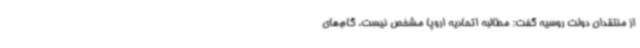
از منتقدان دولت روسیه گفت: مطالبه اتحادیه اروپا مشخص نیست. گام‌های